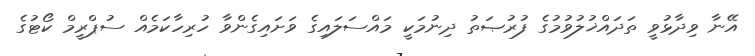
އޭނާ ވިދާޅުވީ ތަދައްޚުލުވުމުގެ ފުރުޞަތު ދިނުމަކީ މައްސަލައިގެ ވަށައިގެންވާ ހުރިހާކަމެއް ސުޕްރީމް ކޯޓުގެ